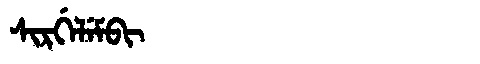
Manchu: ᠰᡳᡵᡤᡝᠯᡝᠮᠪᡳ
Romanization: SIRGELEMBI